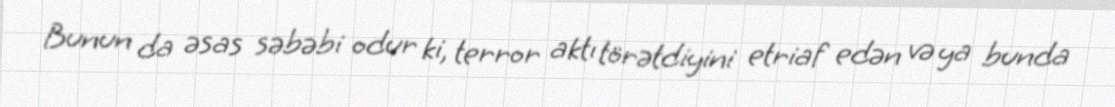
Bunun da əsas səbəbi odur ki, terror aktı törətdiyini etriaf edən və ya bunda